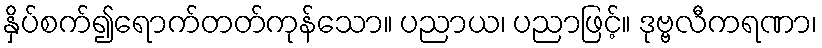
နှိပ်စက်၍ရောက်တတ်ကုန်သော။ ပညာယ၊ ပညာဖြင့်။ ဒုဗ္ဗလီကရဏာ၊